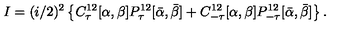
I = ( i / 2 ) ^ { 2 } \left\{ C _ { \tau } ^ { 1 2 } [ \alpha , \beta ] P _ { \tau } ^ { 1 2 } [ \bar { \alpha } , \bar { \beta } ] + C _ { - \tau } ^ { 1 2 } [ \alpha , \beta ] P _ { - \tau } ^ { 1 2 } [ \bar { \alpha } , \bar { \beta } ] \right\} .